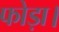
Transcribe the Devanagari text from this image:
फोड़ा।